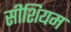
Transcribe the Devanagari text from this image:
सीशियम